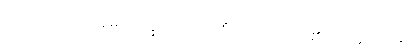
ဘဂဝါ၊ သည်။ ဣဓ ဘိက္ခဝေတိအာဒိံ၊ ကို။ အာဟ၊ ၏။ တတ္ထ၊ ထိုဣဓ